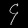
Digit: ၄